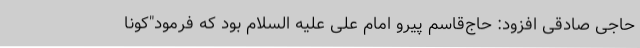
حاجی صادقی افزود: حاج‌قاسم پیرو امام علی علیه السلام بود که فرمود"کونا